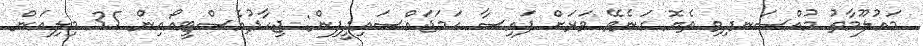
މައުލޫމާތު މުއްސަނދިވި ތެޔޮ ގަނެވޭ ވަރަށް ފައިސާ ހަމަޖައްސައިދީފިން: ޖިހާދުއެސްޓީއޯއިން 35 މިލިއަން